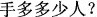
手多多少人?